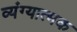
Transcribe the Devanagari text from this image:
व्‍यंग्‍यात्‍मक